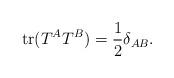
LaTeX: \begin{align*}{\rm tr}(T^A T^B) = {1 \over 2} \delta_{AB} .\end{align*}